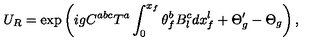
U _ { R } = \exp \left( i g C ^ { a b c } T ^ { a } \int _ { 0 } ^ { x _ { f } } \theta _ { f } ^ { b } B _ { l } ^ { c } d x _ { f } ^ { l } + \Theta _ { g } ^ { \prime } - \Theta _ { g } \right) ,